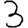
Digit: 3